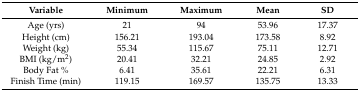
<table><thead><tr><td><b>Variable</b></td><td><b>Minimum</b></td><td><b>Maximum</b></td><td><b>Mean</b></td><td><b>SD</b></td></tr></thead><tbody><tr><td>Age (yrs)</td><td>21</td><td>94</td><td>53.96</td><td>17.37</td></tr><tr><td>Height (cm)</td><td>156.21</td><td>193.04</td><td>173.58</td><td>8.92</td></tr><tr><td>Weight (kg)</td><td>55.34</td><td>115.67</td><td>75.11</td><td>12.71</td></tr><tr><td>BMI (kg/m<sup>2</sup>)</td><td>20.41</td><td>32.21</td><td>24.85</td><td>2.92</td></tr><tr><td>Body Fat %</td><td>6.41</td><td>35.61</td><td>22.21</td><td>6.31</td></tr><tr><td>Finish Time (min)</td><td>119.15</td><td>169.57</td><td>135.75</td><td>13.33</td></tr></tbody></table>